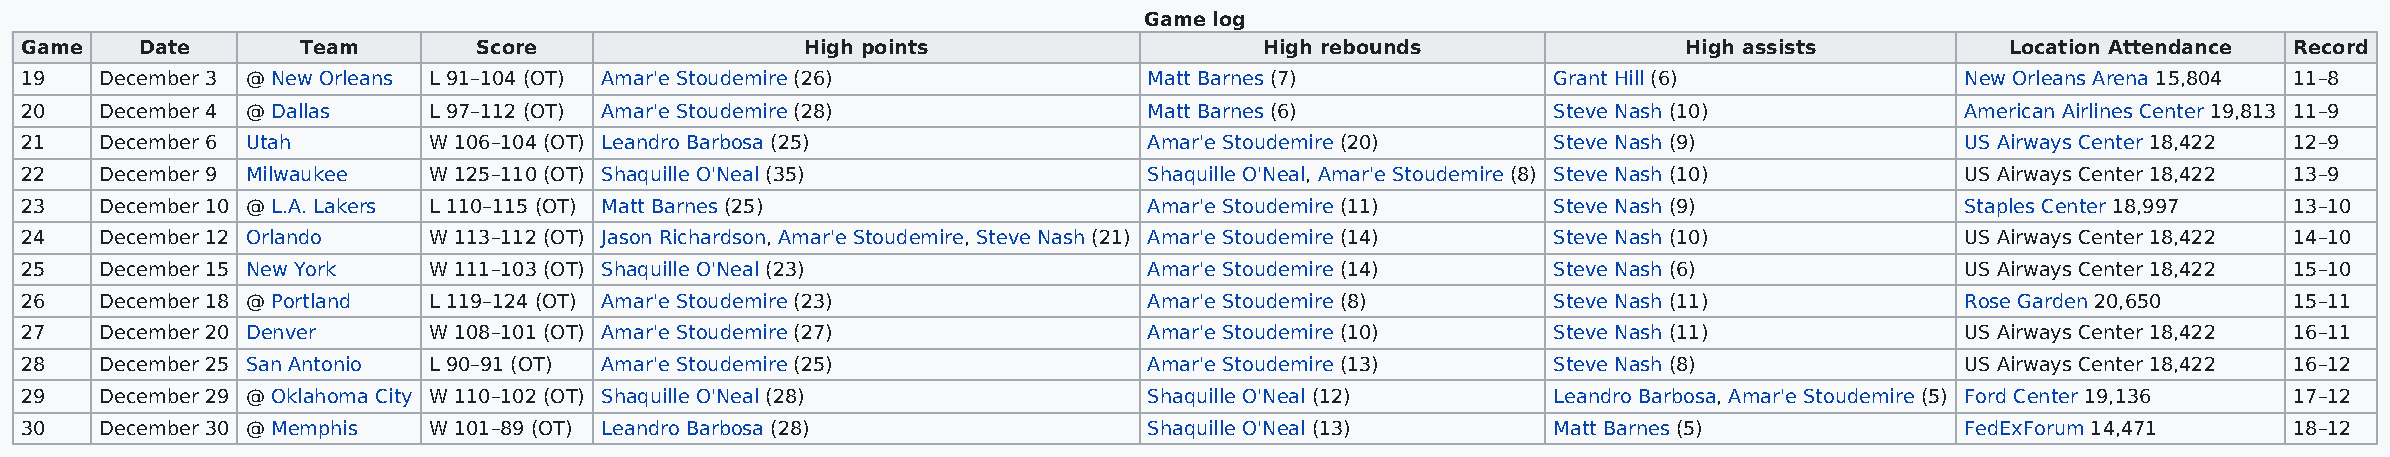
Game log
 Game    Date       Team        Score                High points                    High rebounds               High assists         Location Attendance Record
 19    December 3 @ New Orleans L 91–104 (OT) Amar'e Stoudemire (26)        Matt Barnes (7)            Grant Hill (6)             New Orleans Arena 15,804 11–8
 20    December 4 @ Dallas  L 97–112 (OT) Amar'e Stoudemire (28)            Matt Barnes (6)            Steve Nash (10)            American Airlines Center 19,813 11–9
 21    December 6 Utah      W 106–104 (OT) Leandro Barbosa (25)             Amar'e Stoudemire (20)     Steve Nash (9)             US Airways Center 18,422 12–9
 22    December 9 Milwaukee W 125–110 (OT) Shaquille O'Neal (35)            Shaquille O'Neal, Amar'e Stoudemire (8) Steve Nash (10) US Airways Center 18,422 13–9
 23    December 10 @ L.A. Lakers L 110–115 (OT) Matt Barnes (25)            Amar'e Stoudemire (11)     Steve Nash (9)             Staples Center 18,997 13–10
 24    December 12 Orlando  W 113–112 (OT) Jason Richardson, Amar'e Stoudemire, Steve Nash (21) Amar'e Stoudemire (14) Steve Nash (10) US Airways Center 18,422 14–10
 25    December 15 New York W 111–103 (OT) Shaquille O'Neal (23)            Amar'e Stoudemire (14)     Steve Nash (6)             US Airways Center 18,422 15–10
 26    December 18 @ Portland L 119–124 (OT) Amar'e Stoudemire (23)         Amar'e Stoudemire (8)      Steve Nash (11)            Rose Garden 20,650    15–11
 27    December 20 Denver   W 108–101 (OT) Amar'e Stoudemire (27)           Amar'e Stoudemire (10)     Steve Nash (11)            US Airways Center 18,422 16–11
 28    December 25 San Antonio L 90–91 (OT) Amar'e Stoudemire (25)          Amar'e Stoudemire (13)     Steve Nash (8)             US Airways Center 18,422 16–12
 29    December 29 @ Oklahoma City W 110–102 (OT) Shaquille O'Neal (28)     Shaquille O'Neal (12)      Leandro Barbosa, Amar'e Stoudemire (5) Ford Center 19,136 17–12
 30    December 30 @ Memphis W 101–89 (OT) Leandro Barbosa (28)             Shaquille O'Neal (13)      Matt Barnes (5)            FedExForum 14,471     18–12